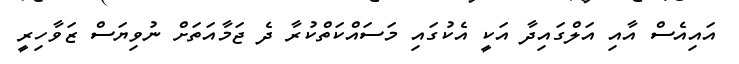
އައިއެސް އާއި އަލްގައިދާ އަކީ އެކުގައި މަސައްކަތްކުރާ ދެ ޖަމާއަތަށް ނުވިޔަސް ޒަވާހިރީ